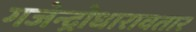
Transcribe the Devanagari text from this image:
गजेन्द्रोधारावतार